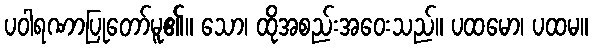
ပဝါရဏာပြုတော်မူ၏။ သော၊ ထိုအစည်းအဝေးသည်။ ပထမော၊ ပထမ။